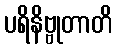
ပရိနိဗ္ဗုတာတိ